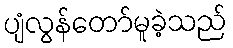
ပျံလွန်တော်မူခဲ့သည်